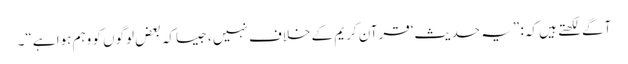
آگے لکھتے ہیں کہ: ”یہ حدیث‘قرآنِ کریم کے خلاف نہیں ، جیساکہ بعض لوگوں کو وہم ہوا ہے“۔